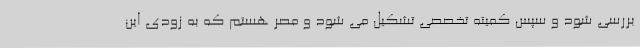
بررسی شود و سپس کمیته تخصصی تشکیل می شود و مصر هستم که به زودی این